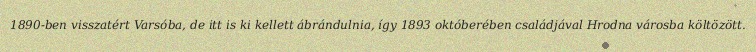
1890-ben visszatért Varsóba, de itt is ki kellett ábrándulnia, így 1893 októberében családjával Hrodna városba költözött.